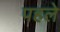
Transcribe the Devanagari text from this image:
पहले